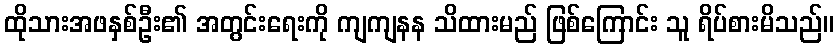
ထိုသားအဖနှစ်ဦး၏ အတွင်းရေးကို ကျကျနန သိထားမည် ဖြစ်ကြောင်း သူ ရိပ်စားမိသည်။